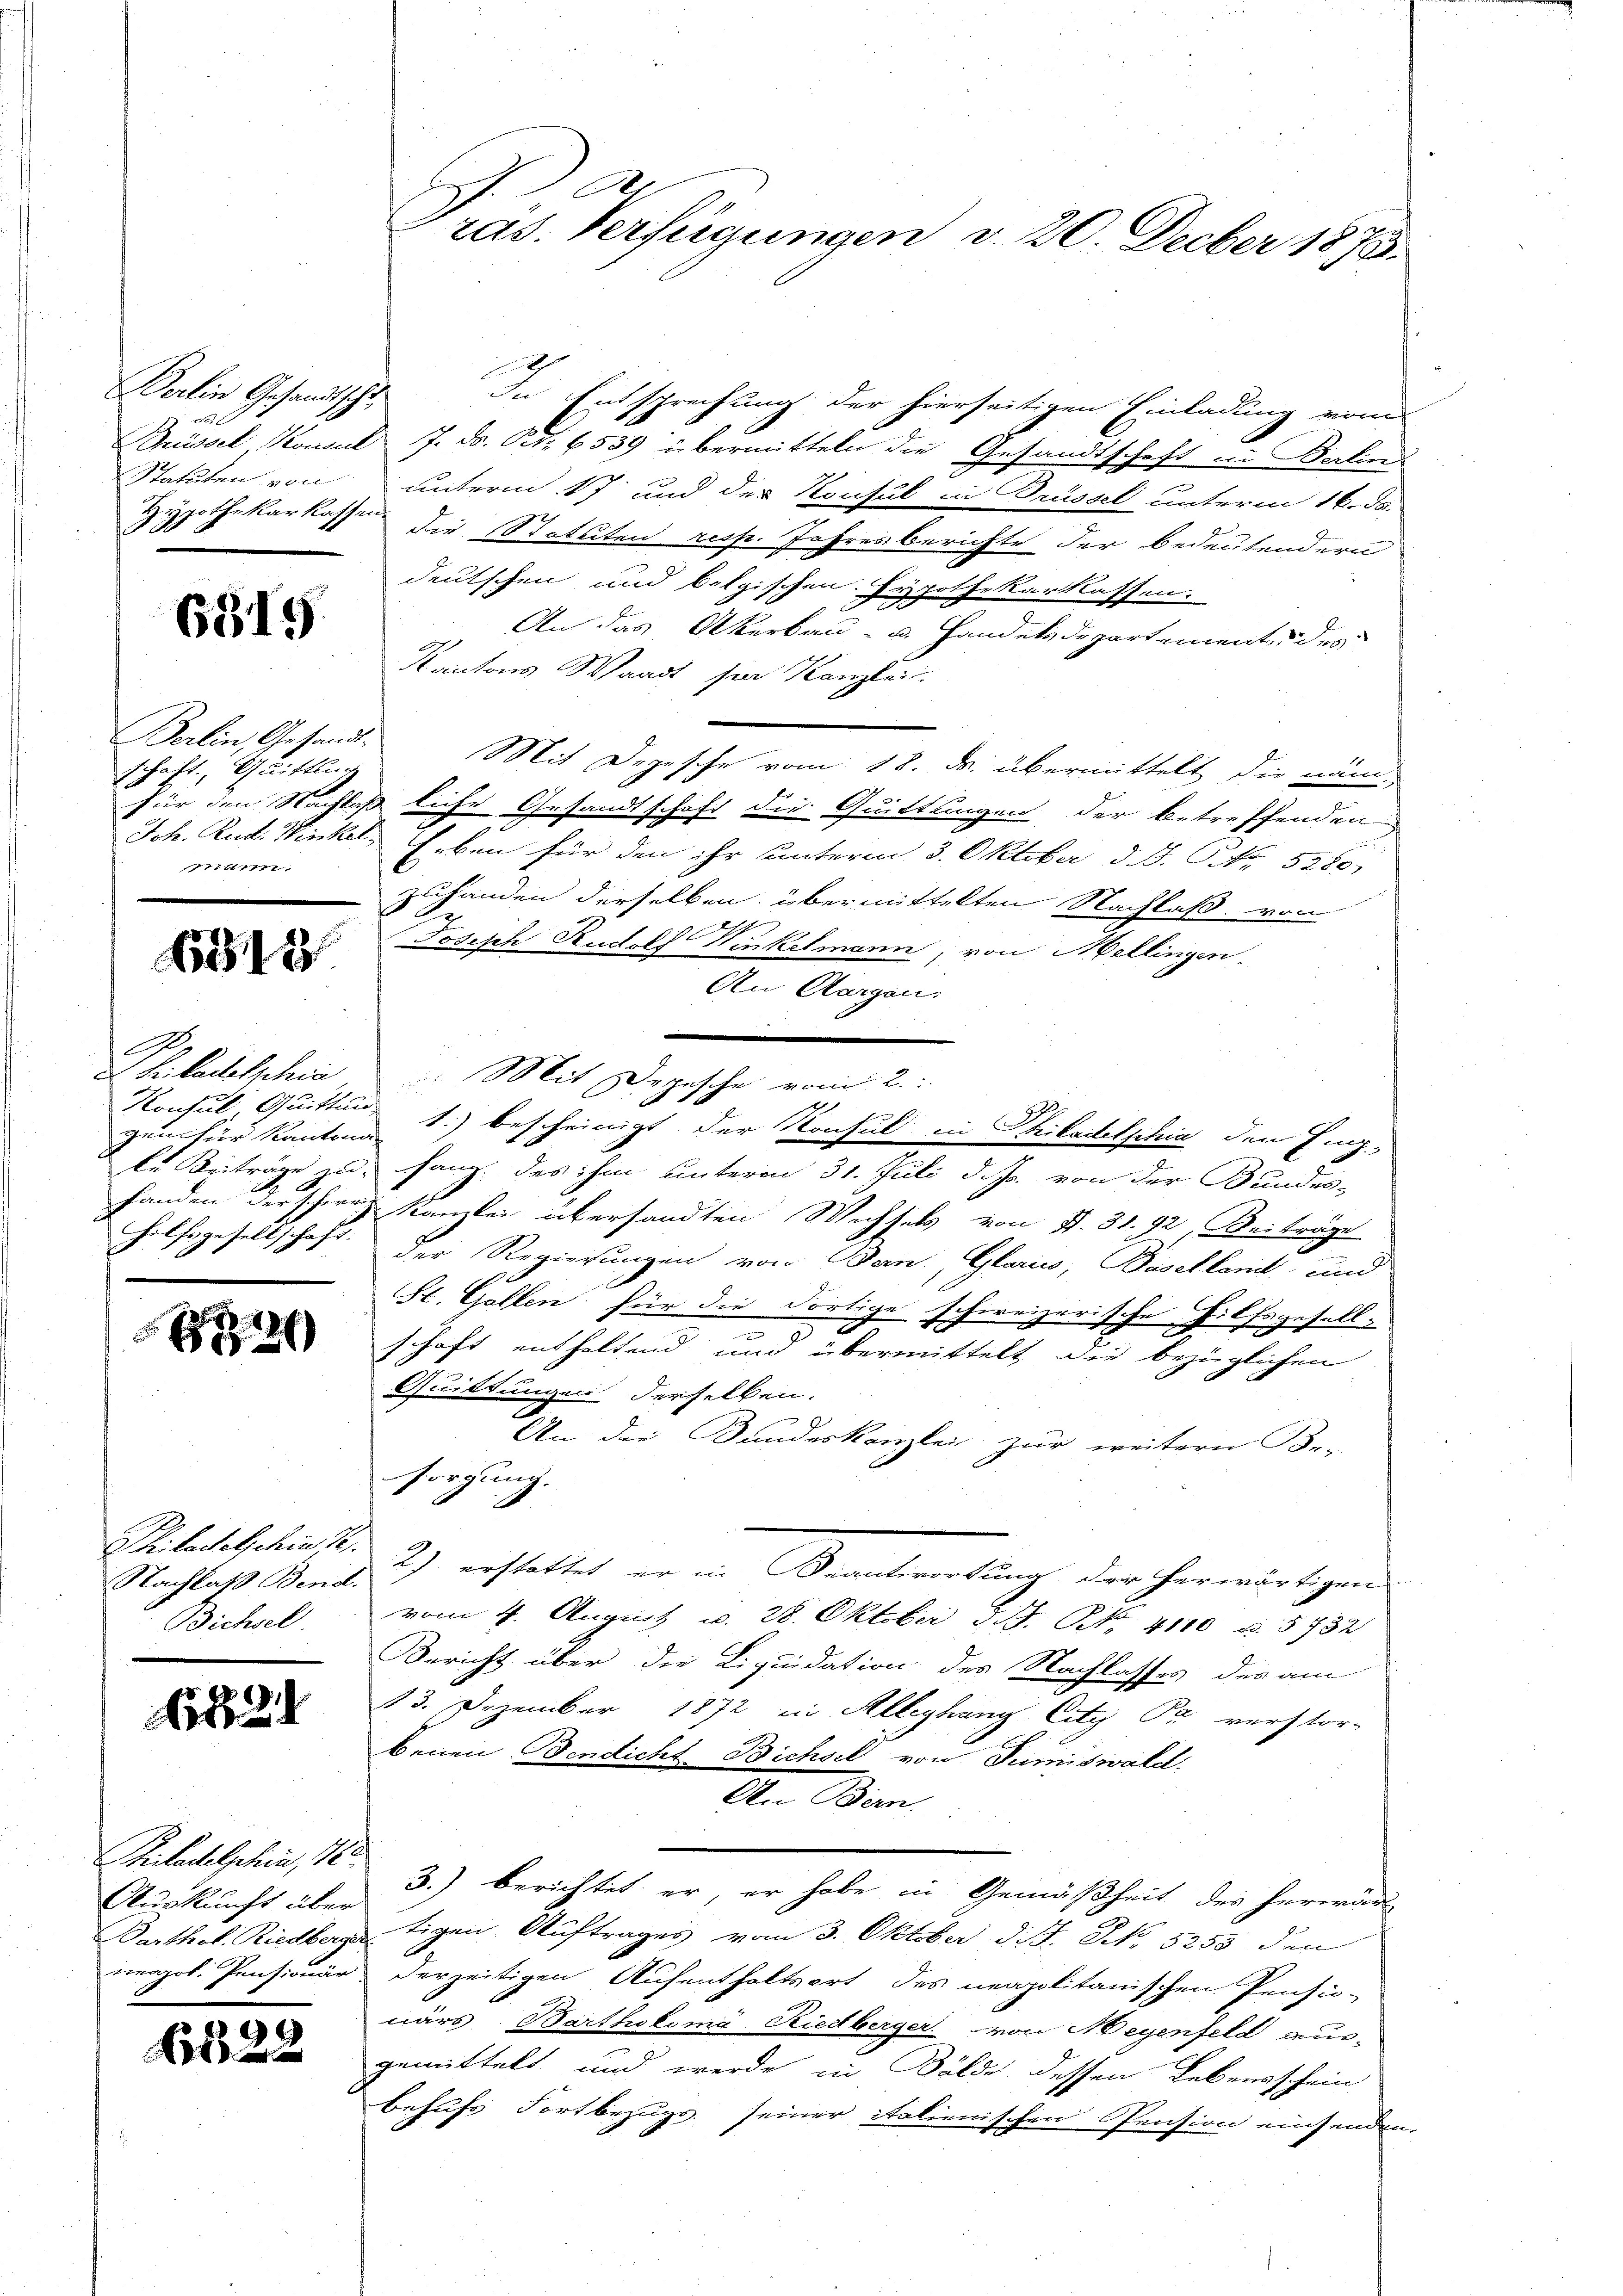
Perlin Gesandtscha¬

6319.

Berlin, Gesandtschaft. Quittlung
11 im

13

A
D. Hiladelschia
gen für Kantona

hilfsgesellschaft.

)

Nachlaß Bend.
Bichel.

1821

Britadelphin, 18
Auskunft über
mapol. Pensionär

65, 22

In Entsprechung der hierseitigen Einladung vom
Müssel Konsul 7. ds. Art. 6539 übermitteln die Gesandtschaft in Berli
Statuten von unterm 17 und der Konsul in Brüssel unterm 16. d.
Hypothekarkassen die Statuten resp. Jahresberichte der bedeutendern
deutschen und belgischen Hypothekarkassen.
An das Akerbau- u. Handelsdepartement des
Kantons Waadt sie Kanzlei
Mit Depesche vom 18. ds. übermittelt die nämfür den Nachlaß liche Gesandtschaft die Quittungen der betreffenden
 Joh. Rud. Winkel, Erben für den ihr unterm 3. Oktober d. J. Nr. 5280,
zuhanden derselben übermittelten Nachlaß von
Josisch Rudolf Winkelmann, von Mellingen.
An Aargau.
le Beiträge und fang des ihm unterm 31. Juli d. Js. von der Bundes-
Handen der schweiz. Kanzlei übersandten Wechsels von S. 31. 92, Beiträge
der Regierungen von Bern, Glarus, Basellant und
St. Gallen; für die dortige schweizerische Hilfsgesell-
schaft enthaltend und übermittelt die bezüglichen
h
Quittungen derselben.
An die Kundeskanzlei zur weitere Be-
sorgung.
Prilacetschin 18. 2) erstattet er in Beantwortung der herwärtigen
vom 4. August v. 28. Oktober 1. N. 4110 u. 5732
Bericht über die Liquidation des Nachlasses des am
23. Dezember 1872 in Alleghang City Pr. verstor-
benen Bendicht Bichsel von Tumiswald.
An Bern.
3.) berichtet er, er habe in Gemäßheit des herwär
Parthol. Riedberg tigen Auftrages vom 3. Oktober d. J. N. 5255 den
derzeitigen Aufenthaltsort des meapolitanischen Pensio-
närs Barthoksma Riedberger von Meyenfeld aus-
gemittelt und werde zu Bälde dessen Lebensschein
behufs Fortbezugs seiner italienischen Pension einsenden.

2
x
Gras. Verfügungen v. 20. Decber 1873.

Mit Depesche vom 2.
Konsul Quitten 1.) bescheinigt der Konsul in Philadelphia den Eing